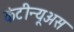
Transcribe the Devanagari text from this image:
कंटीन्यूअस